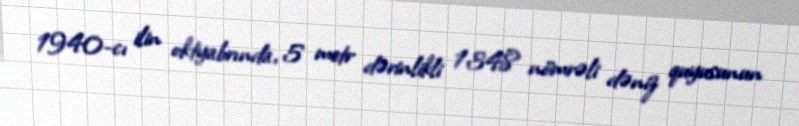
1940-cı ilin oktyabrında, 5 metr dərinlikli 1348 nömrəli dəniz quyusunun